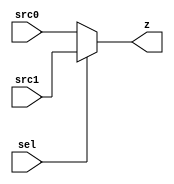
module gac_mux_11 (sel, src0, src1, z);
  
  input sel; // MODIFIED BY CAM
  input [10:0] src0;
  input [10:0] src1;
  output reg [10:0] z;
  

  always @(sel or src0 or src1)
      begin
        if (sel == 1'b0) z <= src0;
        else z <= src1;
      end
   
endmodule